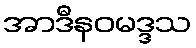
အာဒီနဝမဒ္ဒသ